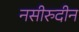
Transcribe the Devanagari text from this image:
नसीरुदीन